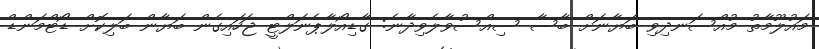
މައުލޫމާތު މުއްސަނދިވި ބަޔާނަށް ބާސާ ސިއްސުވާލެވިދާނެ: ގާޑިއޯލާޕެނަލްޓީ ޖަހައިގެން ބަޔާން ބަލިކޮށް ޑޯޓްމަންޑް